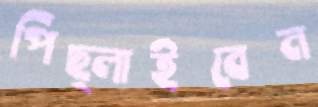
পিছ্‌লাইবেন